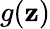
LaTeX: g(\mathbf{z})